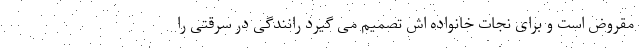
مقروض است و برای نجات خانواده اش تصمیم می گیرد رانندگی در سرقتی را